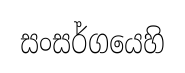
සංසර්ගයෙහි